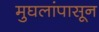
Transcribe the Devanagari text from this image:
मुघलांपासून